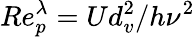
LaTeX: Re_{p}^{\lambda}=Ud_{v}^{2}/h\nu^{2}